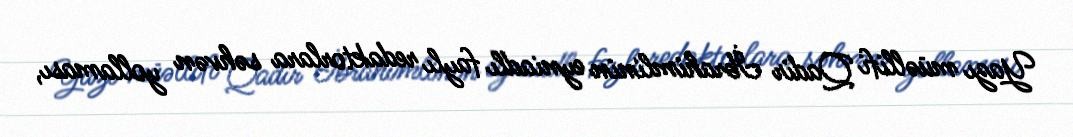
Yazı müəllifi Qadir İbrahimlinin eyniadlı faylı redaktorlara səhvən yollaması,